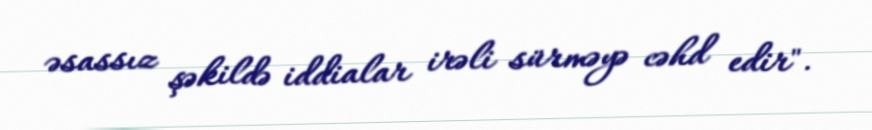
əsassız şəkildə iddialar irəli sürməyə cəhd edir".